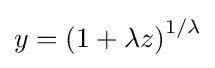
y={{(1+\lambda z)}^{1/\lambda }}